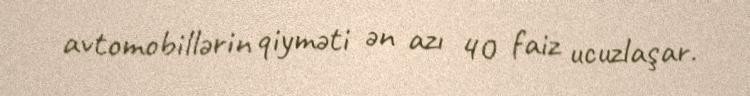
avtomobillərin qiyməti ən azı 40 faiz ucuzlaşar.